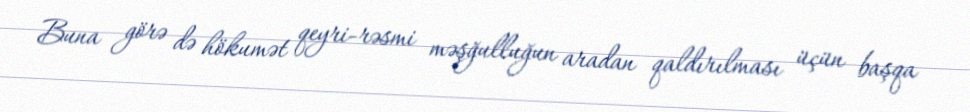
Buna görə də hökumət qeyri-rəsmi məşğulluğun aradan qaldırılması üçün başqa